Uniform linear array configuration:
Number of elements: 8
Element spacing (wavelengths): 0.25
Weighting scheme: binomial
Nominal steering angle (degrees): -60
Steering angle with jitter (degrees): -59.31
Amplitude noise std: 0.05
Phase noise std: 0.05

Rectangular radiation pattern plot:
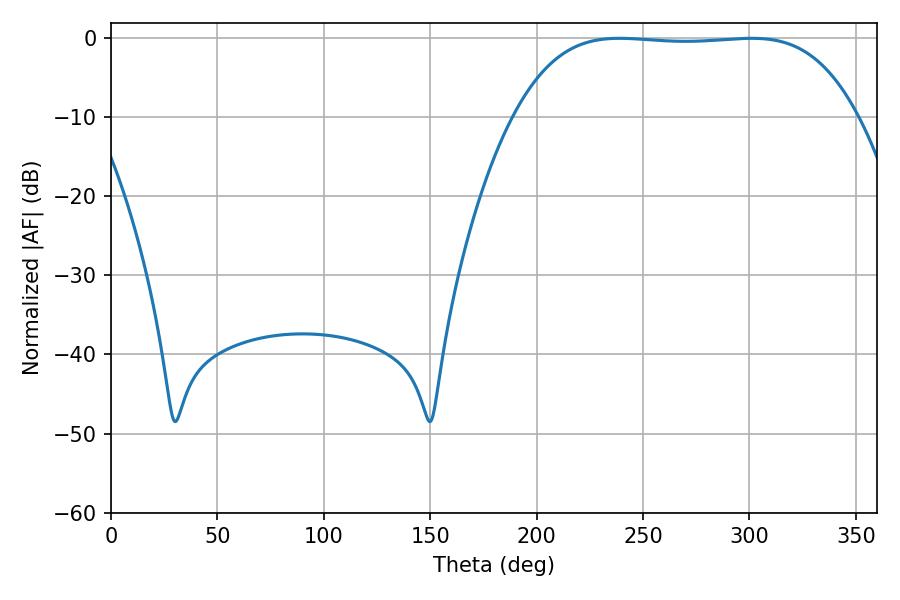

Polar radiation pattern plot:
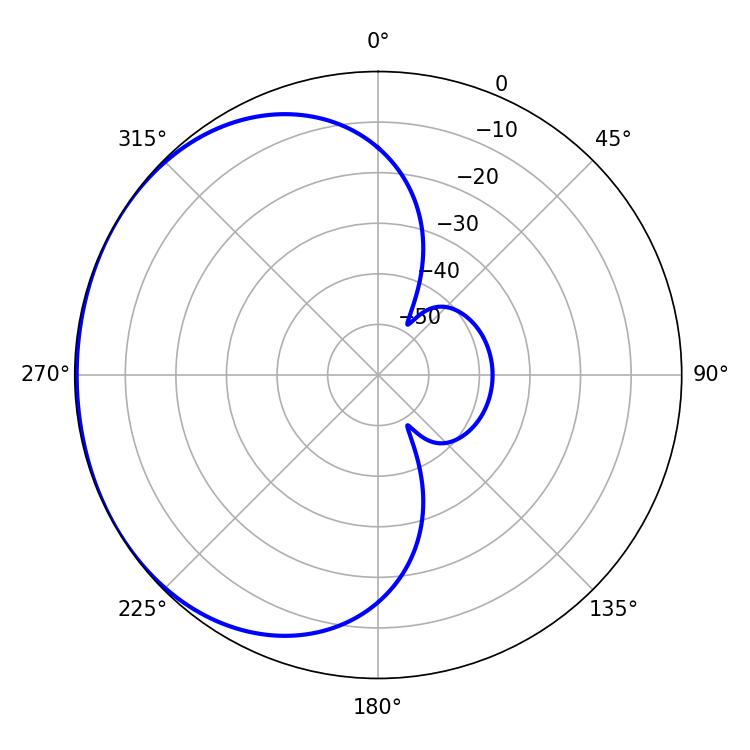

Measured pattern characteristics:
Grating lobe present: FALSE
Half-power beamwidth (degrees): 124.92
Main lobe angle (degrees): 239.04